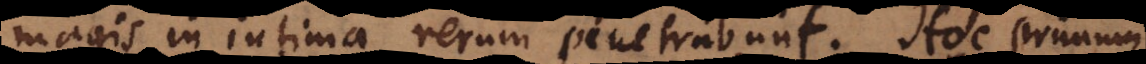
magis in intima rerum penetrabunt. Hoc primum